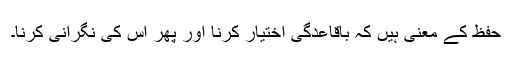
حَفَظَ کے معنی ہیں کہ باقاعدگی اختیار کرنا اور پھر اُس کی نگرانی کرنا۔